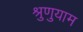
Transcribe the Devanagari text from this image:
श्रुणुयाम